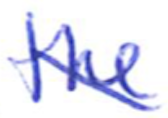
Text: the
Cross-out: diagonal
Writing tool: ballpoint